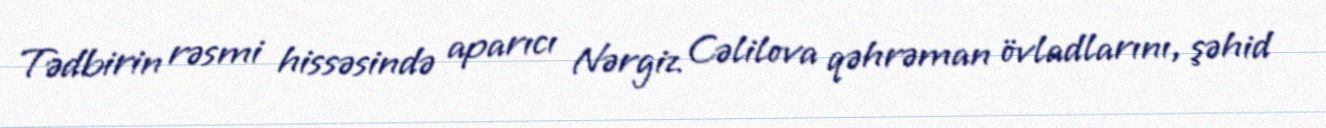
Tədbirin rəsmi hissəsində aparıcı Nərgiz Cəlilova qəhrəman övladlarını, şəhid